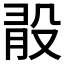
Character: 𣪏